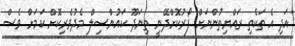
އަދި އެ ތަކެތި ރައްޔިތުންނަށް ފޯރުކޮށްދޭނީ ތިނަދޫ ކައުންސިލް މެދުވެރިކޮށް ކަމަށް ވެސް